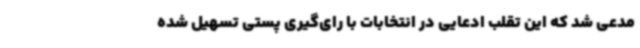
مدعی شد که این تقلب ادعایی در انتخابات با رای‌گیری پستی تسهیل شده